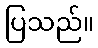
ပြသည်။